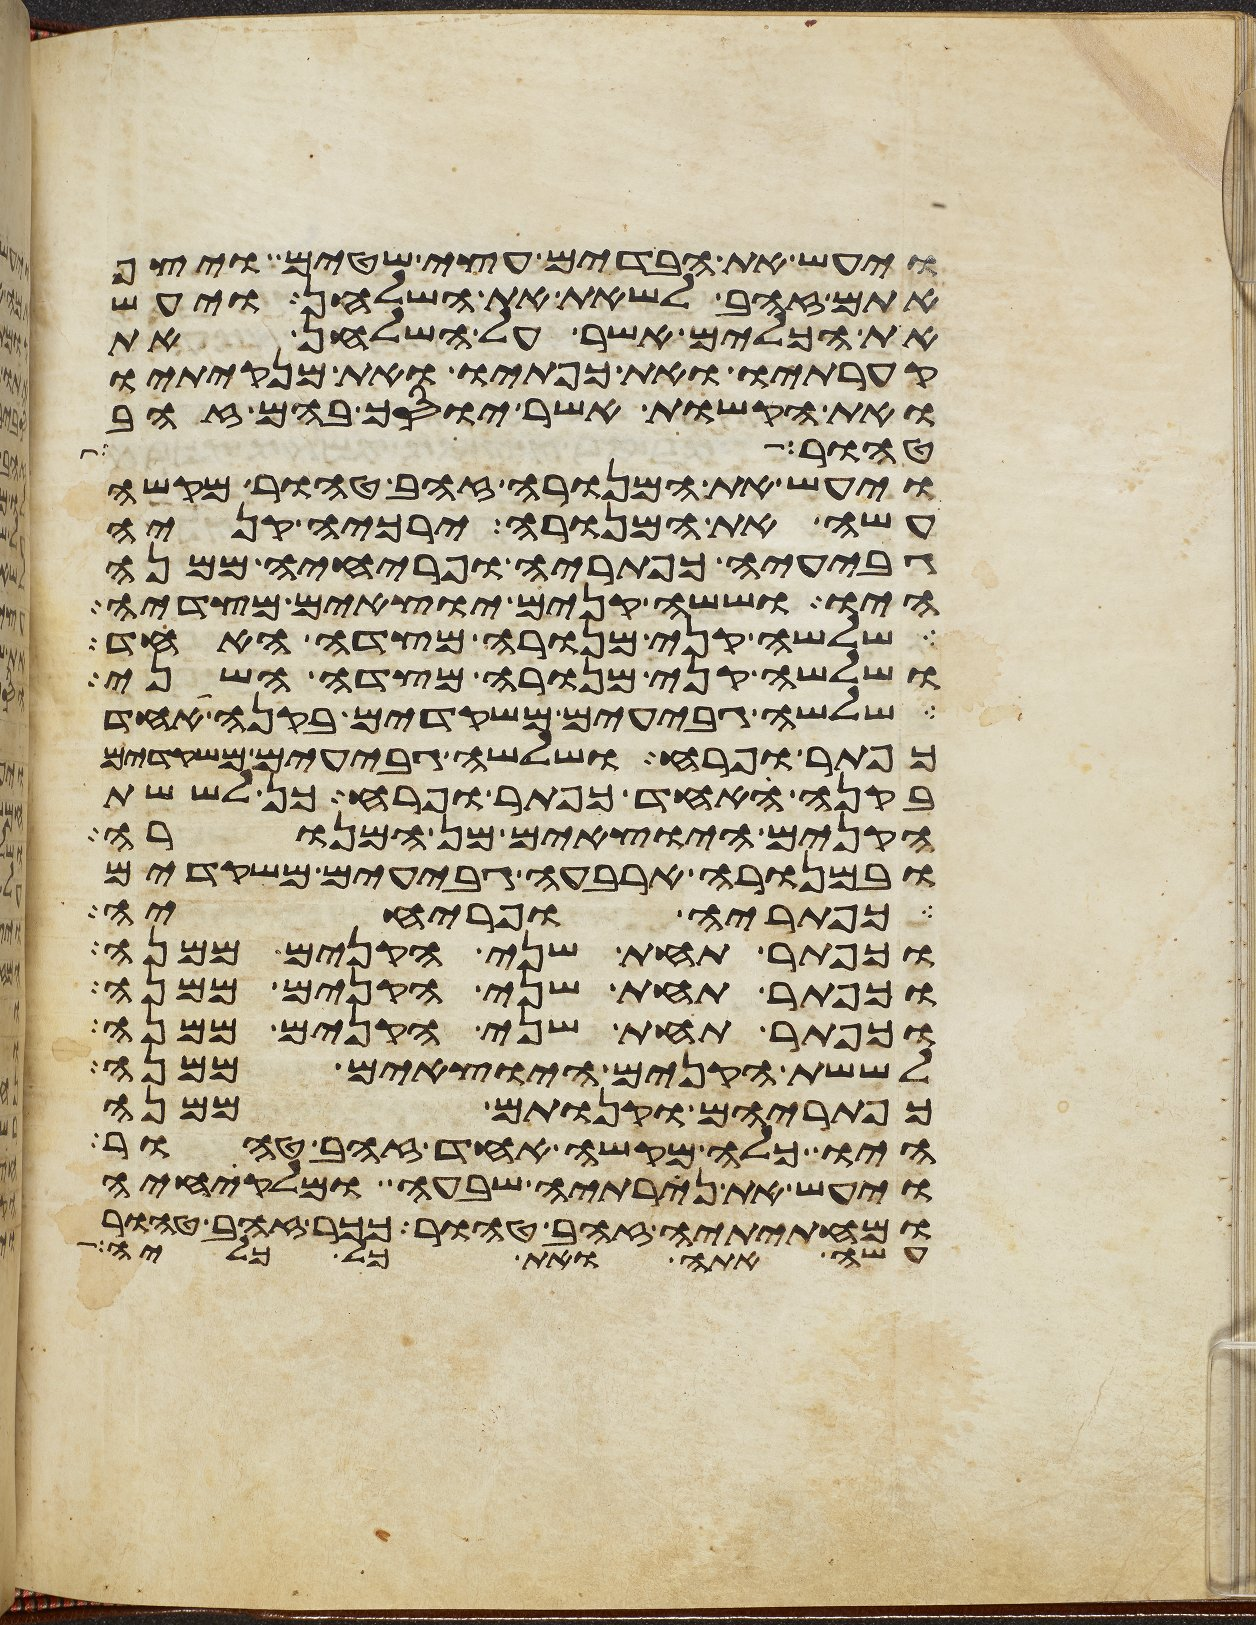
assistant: ויעש את הבדים עצי שטים ויצף
אתם זהב לשאת את השלחן ויעש
את הכלים אשר על השלחן את
קערתיו ואת כפתיו ואת מנקיתיו
ואת הקשות אשר יוסך בהם זהב
טהור ככר
ויעש את המנורה זהב טהור מקשה
עשה את המנורה ירכיה קניה
גביעיה כפתריה ופרחיה ממנה
היו וששה קנים יוצאים מצדיה
שלשה קני מנורה מצדה האחד
ושלשה קני מנורה מצדה השני
שלשה גבעים משקדים בקנה אחד
כפתר ופרח ושלשה גבעים משקדים
בקנה אחד כפתר ופרח כן לששת
הקנים היוצאים מן המנורה
ובמנורה ארבעה גבעים משקדים
כפתריה ופרחיה
וכפתר תחת שני הקנים ממנה
וכפתר תחת שני הקנים ממנה
וכפתר תחת שני הקנים ממנה
לששת הקנים היצאים ממנה
כפתריהם וקנותם ממנה
היו כלה מקשה אחד זהב טהור
ויעש את נרתיה שבעה ומלקחיה
ומחתיתיה זהב טהור ככר זהב טהור
עשה אתה ואת כל כליה